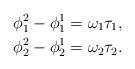
LaTeX: \begin{align*} \phi_1^2-\phi_1^1 & = \omega_1\tau_1, \\ \phi_2^2-\phi_2^1 & = \omega_2\tau_2.\end{align*}